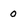
Character: 0